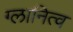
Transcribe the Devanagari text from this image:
ग्लानित्व